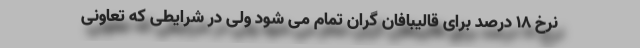
نرخ ۱۸ درصد برای قالیبافان گران تمام می شود ولی در شرایطی که تعاونی